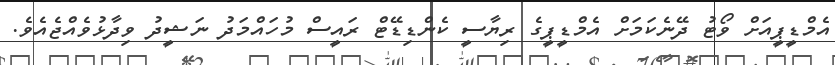
އެމްޑީޕީއަށް ވޯޓު ދޭނެކަމަށް އެމްޑީޕީގެ ރިޔާސީ ކެންޑިޑޭޓް ރައީސް މުހައްމަދު ނަޝީދު ވިދާޅުވެއްޖެއެވެ.